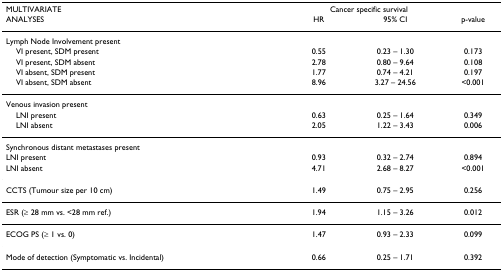
<table><thead><tr><td><b>MULTIVARIATE</b></td><td colspan="2"><b>Cancer specific survival</b></td><td></td></tr><tr><td><b>ANALYSES</b></td><td><b>HR</b></td><td><b>95% CI</b></td><td><b>p-value</b></td></tr></thead><tbody><tr><td>Lymph Node Involvement present</td><td></td><td></td><td></td></tr><tr><td> VI present, SDM present</td><td>0.55</td><td>0.23 – 1.30</td><td>0.173</td></tr><tr><td> VI present, SDM absent</td><td>2.78</td><td>0.80 – 9.64</td><td>0.108</td></tr><tr><td> VI absent, SDM present</td><td>1.77</td><td>0.74 – 4.21</td><td>0.197</td></tr><tr><td> VI absent, SDM absent</td><td>8.96</td><td>3.27 – 24.56</td><td>&lt;0.001</td></tr><tr><td>Venous invasion present</td><td></td><td></td><td></td></tr><tr><td> LNI present</td><td>0.63</td><td>0.25 – 1.64</td><td>0.349</td></tr><tr><td> LNI absent</td><td>2.05</td><td>1.22 – 3.43</td><td>0.006</td></tr><tr><td>Synchronous distant metastases present</td><td></td><td></td><td></td></tr><tr><td>LNI present</td><td>0.93</td><td>0.32 – 2.74</td><td>0.894</td></tr><tr><td>LNI absent</td><td>4.71</td><td>2.68 – 8.27</td><td>&lt;0.001</td></tr><tr><td>CCTS (Tumour size per 10 cm)</td><td>1.49</td><td>0.75 – 2.95</td><td>0.256</td></tr><tr><td>ESR (≥ 28 mm vs. &lt;28 mm ref.)</td><td>1.94</td><td>1.15 – 3.26</td><td>0.012</td></tr><tr><td>ECOG PS (≥ 1 vs. 0)</td><td>1.47</td><td>0.93 – 2.33</td><td>0.099</td></tr><tr><td>Mode of detection (Symptomatic vs. Incidental)</td><td>0.66</td><td>0.25 – 1.71</td><td>0.392</td></tr></tbody></table>